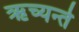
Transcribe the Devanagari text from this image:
ऋच्यन्ते